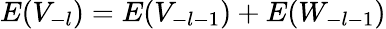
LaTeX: E(V_{-l})=E(V_{-l-1})+E(W_{-l-1})